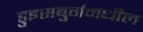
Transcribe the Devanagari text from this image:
डुइसबुर्गमधील